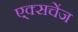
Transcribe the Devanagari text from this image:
ए्क्सचेंज